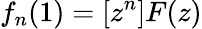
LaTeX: f_{n}(1)=[z^{n}]F(z)